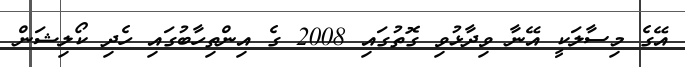
އޭގެ މިސާލަކީ އޭނާ ވިދާޅުވި ގޮތުގައި 2008 ގެ އިންތިހާބުގައި ހެދި ކޯލިޝަން